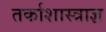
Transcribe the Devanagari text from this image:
तर्काशास्त्राज्ञ